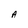
Character: A